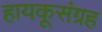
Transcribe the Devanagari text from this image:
हायकूसंग्रह